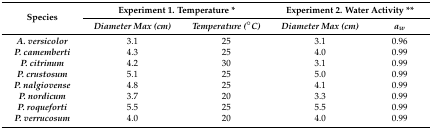
| <ROWSPAN=2> Species | <COLSPAN=2> Experiment 1. Temperature * | <COLSPAN=2> Experiment 2. Water Activity ** |
 | Diameter Max (cm) | Temperature (°C) | Diameter Max (cm) | aw |
 | --- | --- | --- | --- | --- |
 | A. versicolor | 3.1 | 25 | 3.1 | 0.96 |
 | P. camemberti | 4.3 | 25 | 4.0 | 0.99 |
 | P. citrinum | 4.2 | 30 | 3.1 | 0.99 |
 | P. crustosum | 5.1 | 25 | 5.0 | 0.99 |
 | P. nalgiovense | 4.8 | 25 | 4.1 | 0.99 |
 | P. nordicum | 3.7 | 20 | 3.3 | 0.99 |
 | P. roqueforti | 5.5 | 25 | 5.5 | 0.99 |
 | P. verrucosum | 4.0 | 20 | 4.0 | 0.99 |